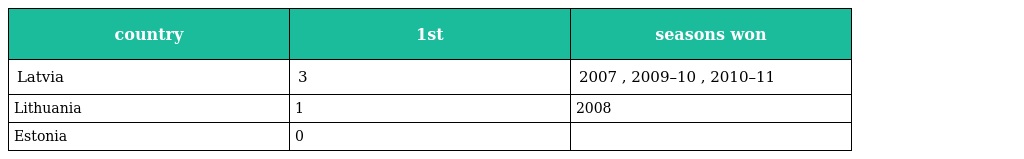
| country | 1st | seasons won |
 | --- | --- | --- |
 | Latvia | 3 | 2007 , 2009–10 , 2010–11 |
 | Lithuania | 1 | 2008 |
 | Estonia | 0 |  |